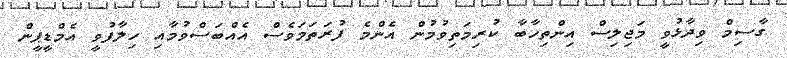
ގާސިމް ވިދާޅުވީ މަޖިލިސް އިންތިހާބާ ކުރިމަތިވުމުން އެންމެ ފުރަތަމަވެސް އެއްބަސްވުމާއި ހިލާފުވީ އެމްޑީޕީން